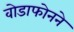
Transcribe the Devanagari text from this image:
वोडाफोनने